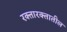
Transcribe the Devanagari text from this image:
रक्तारक्तातील